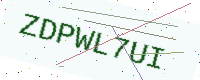
Text: ZDPWL7UI